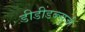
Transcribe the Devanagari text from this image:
डीडीडब्ल्यूजी